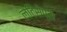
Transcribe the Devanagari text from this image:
लैटिसेप्स